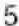
5